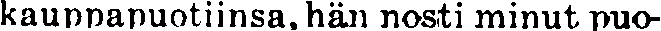
kaunapuotiinsa, hän nosti minut puo-